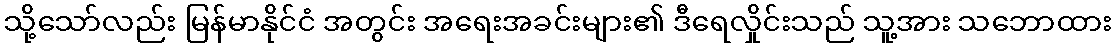
သို့သော်လည်း မြန်မာနိုင်ငံ အတွင်း အရေးအခင်းများ၏ ဒီရေလှိုင်းသည် သူ့အား သဘောထား